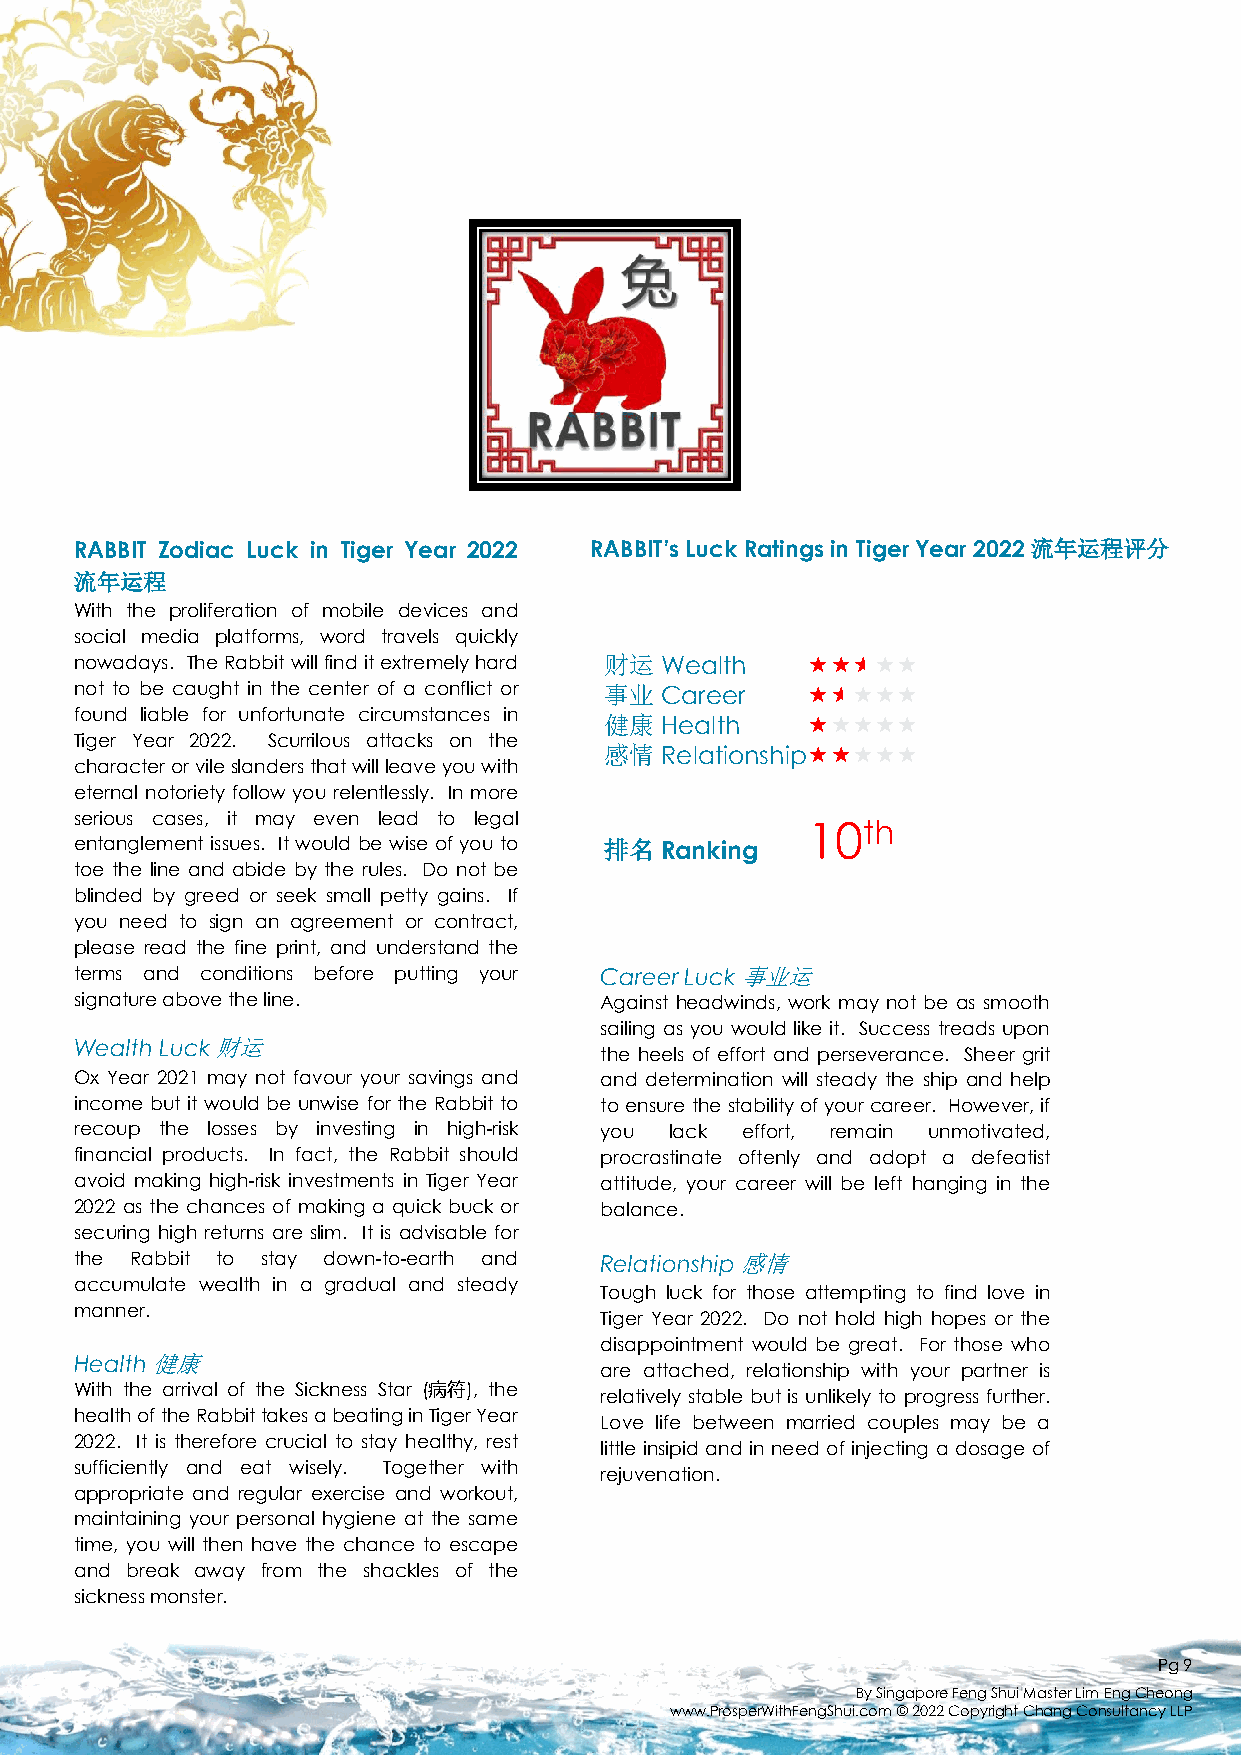
RABBIT Zodiac Luck in Tiger Year 2022 RABBIT’s Luck Ratings in Tiger Year 2022 流年运程评分
 流年运程
 With the proliferation of mobile devices and
 social media platforms, word travels quickly
 nowadays. The Rabbitwillfinditextremely hard 财运 Wealth 
 not to be caught in the center of a conflict or 事业 Career 
 found liable for unfortunate circumstances in 健康 Health 
 Tiger Year 2022. Scurrilous attacks on the
 感情  Relationship
 characterorvileslandersthatwillleaveyouwith
 eternal notoriety follow you relentlessly. In more
 serious cases, it may even lead to legal
 10th
 entanglement issues. It would be wise of you to 排名 Ranking
 toe the line and abide by the rules. Do not be
 blinded by greed or seek small petty gains. If
 you need to sign an agreement or contract,
 please read the fine print, and understand the
 terms and conditions before putting your CareerLuck事业运
 signatureabovetheline.             Against headwinds, work may not be as smooth
 sailing as you would like it. Success treads upon
 WealthLuck财运
 the heels of effort and perseverance. Sheer grit
 Ox Year 2021 may not favour your savings and and determination will steady the ship and help
 income but it would be unwise for the Rabbit to toensurethestabilityofyourcareer. However,if
 recoup the losses by investing in high-risk you lack effort, remain unmotivated,
 financial products. In fact, the Rabbit should procrastinate oftenly and adopt a defeatist
 avoid making high-risk investments in Tiger Year attitude, your career will be left hanging in the
 2022 as the chances of making a quick buck or balance.
 securing high returns are slim. It is advisable for
 the Rabbit to stay down-to-earth and Relationship感情
 accumulate wealth in a gradual and steady
 Tough luck for those attempting to find love in
 manner.
 Tiger Year 2022. Do not hold high hopes or the
 disappointment would be great. For those who
 Health健康
 are attached, relationship with your partner is
 With the arrival of the Sickness Star (病符), the
 relatively stable but is unlikely to progress further.
 healthoftheRabbittakesabeatinginTigerYear
 Love life between married couples may be a
 2022. It is therefore crucial to stay healthy, rest
 little insipid and in need of injecting a dosage of
 sufficiently and eat wisely. Together with
 rejuvenation.
 appropriate and regular exercise and workout,
 maintaining your personal hygiene at the same
 time, you will then have the chance to escape
 and break away from the shackles of the
 sicknessmonster.
 Pg9
 By Singapore Feng Shui Master Lim EngCheong
 www.ProsperWithFengShui.com © 2022 Copyright Chang Consultancy LLP